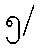
၅/